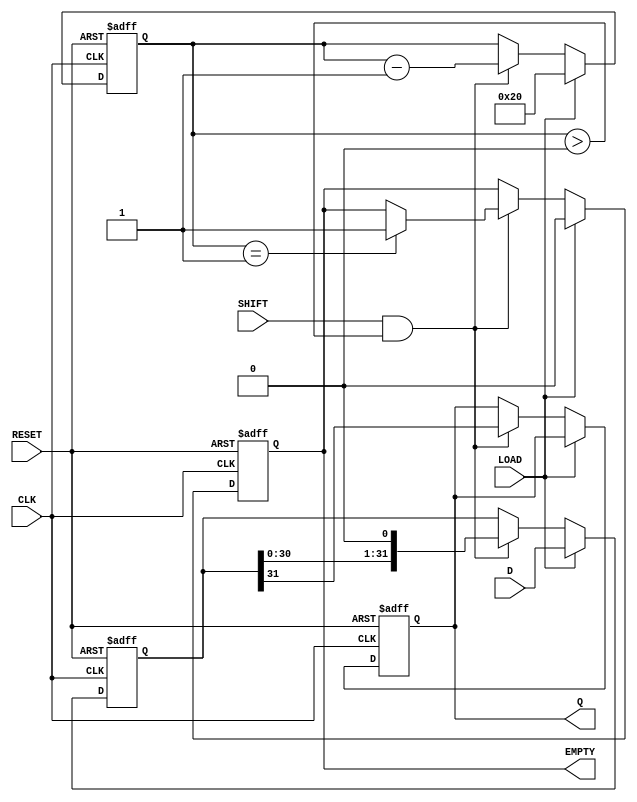
module PISO_Register (
    input wire [31:0] D,     // 32-bit parallel data input
    input wire LOAD,         // Load control signal
    input wire SHIFT,        // Shift control signal
    input wire CLK,          // Clock signal
    input wire RESET,        // Asynchronous reset
    output reg Q,            // Serial output
    output reg EMPTY         // Empty signal
);

    reg [31:0] storage;      // Internal storage for the data
    reg [5:0] count;         // Counter to keep track of shifted bits

    always @(posedge CLK or posedge RESET) begin
        if (RESET) begin
            storage <= 32'b0;   // Clear storage on reset
            Q <= 1'b0;          // Clear serial output
            EMPTY <= 1'b1;      // Set empty signal
            count <= 6'b0;      // Reset counter
        end
        else begin
            if (LOAD) begin
                // Load data into storage on LOAD signal
                storage <= D;
                count <= 6'd32;   // Set count to indicate full
                EMPTY <= 1'b0;     // Data is present
            end
            else if (SHIFT && count > 0) begin
                // Shift operation
                Q <= storage[31];    // Output the MSB
                storage <= {storage[30:0], 1'b0}; // Shift left and fill LSB with 0
                count <= count - 1;  // Decrease the count
                if (count == 1) begin
                    EMPTY <= 1'b1;   // Set empty if all bits have been shifted out
                end
            end
        end
    end

endmodule